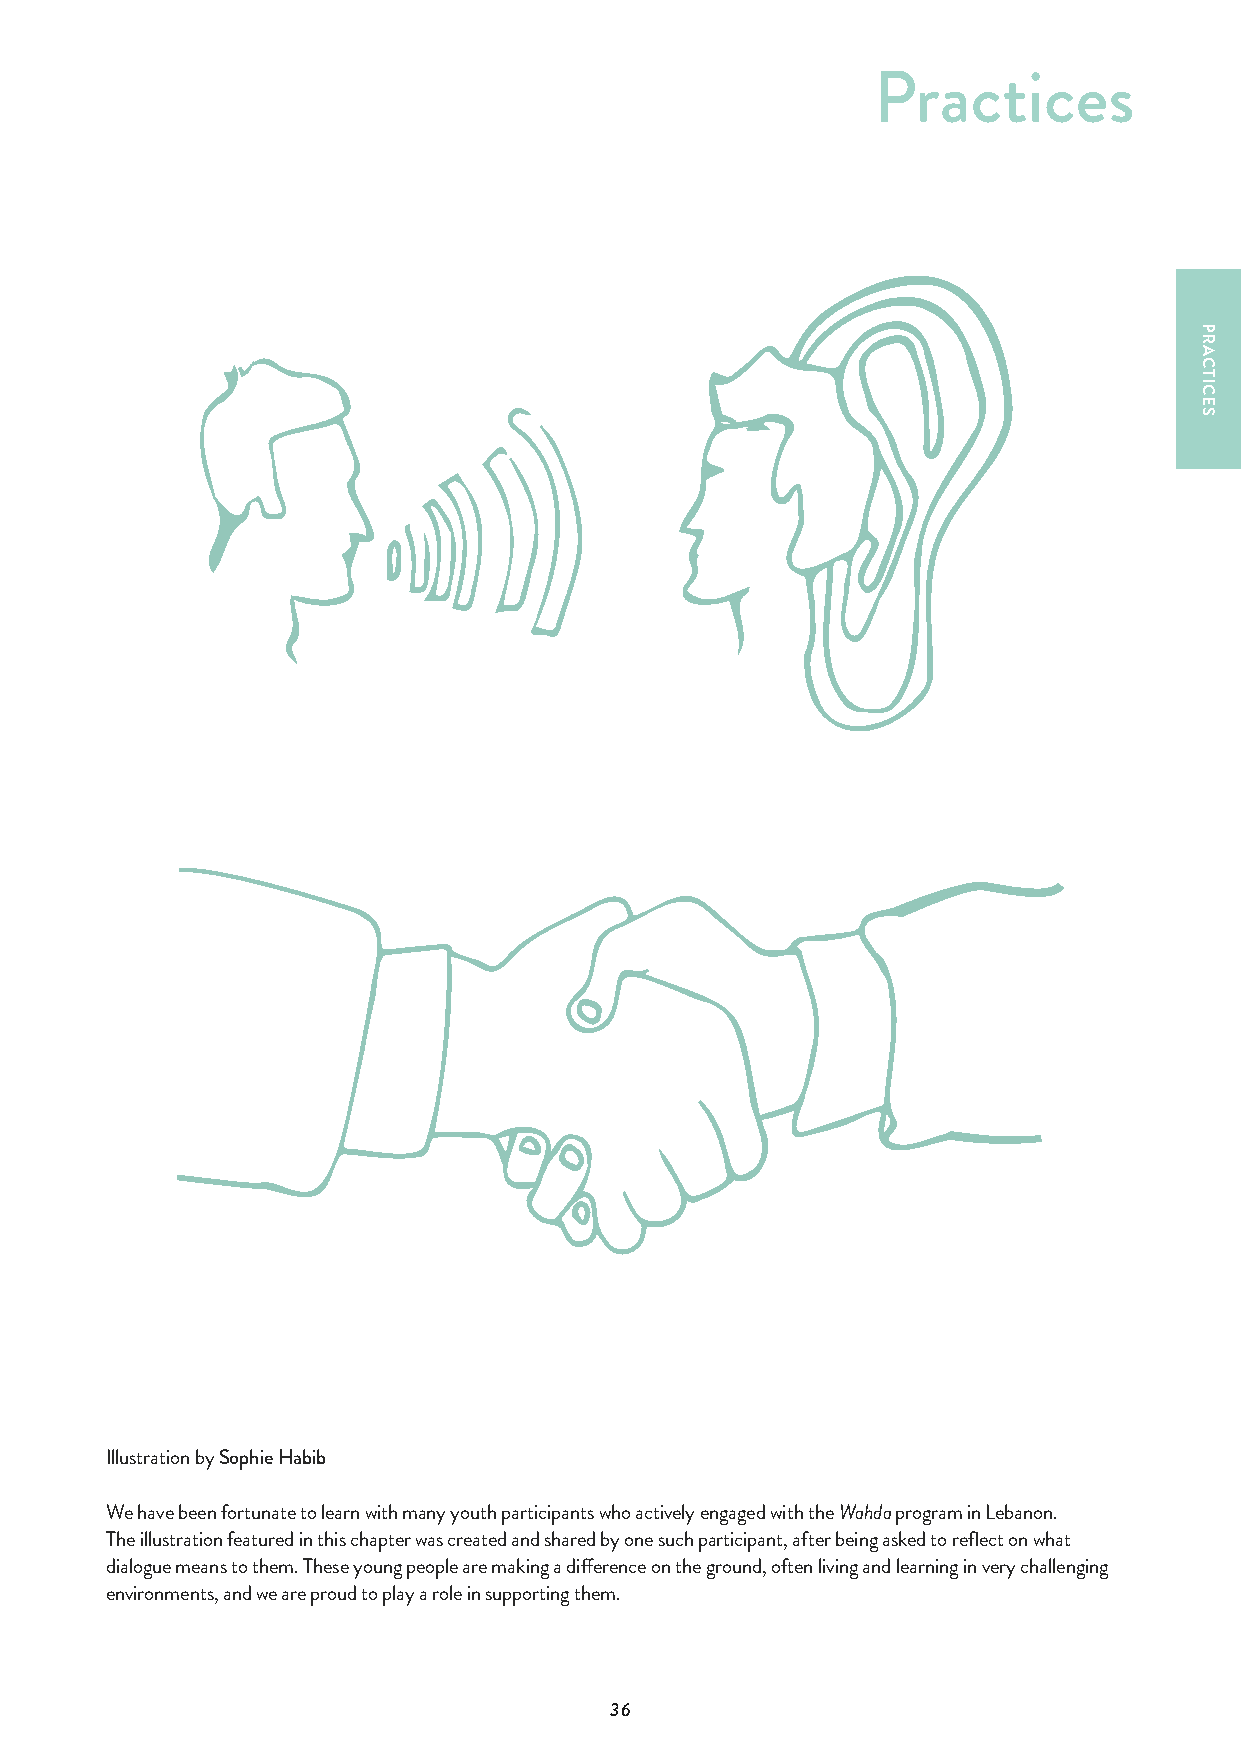
Practices
 Illustration by Sophie Habib
 We have been fortunate to learn with many youth participants who actively engaged with the Wahda program in Lebanon.
 The illustration featured in this chapter was created and shared by one such participant, after being asked to reflect on what
 dialogue means to them. These young people are making a difference on the ground, often living and learning in very challenging
 environments, and we are proud to play a role in supporting them.
 36
 PRACTICES